Loodushoiu_ja_Turismi_Instituut, lk 341
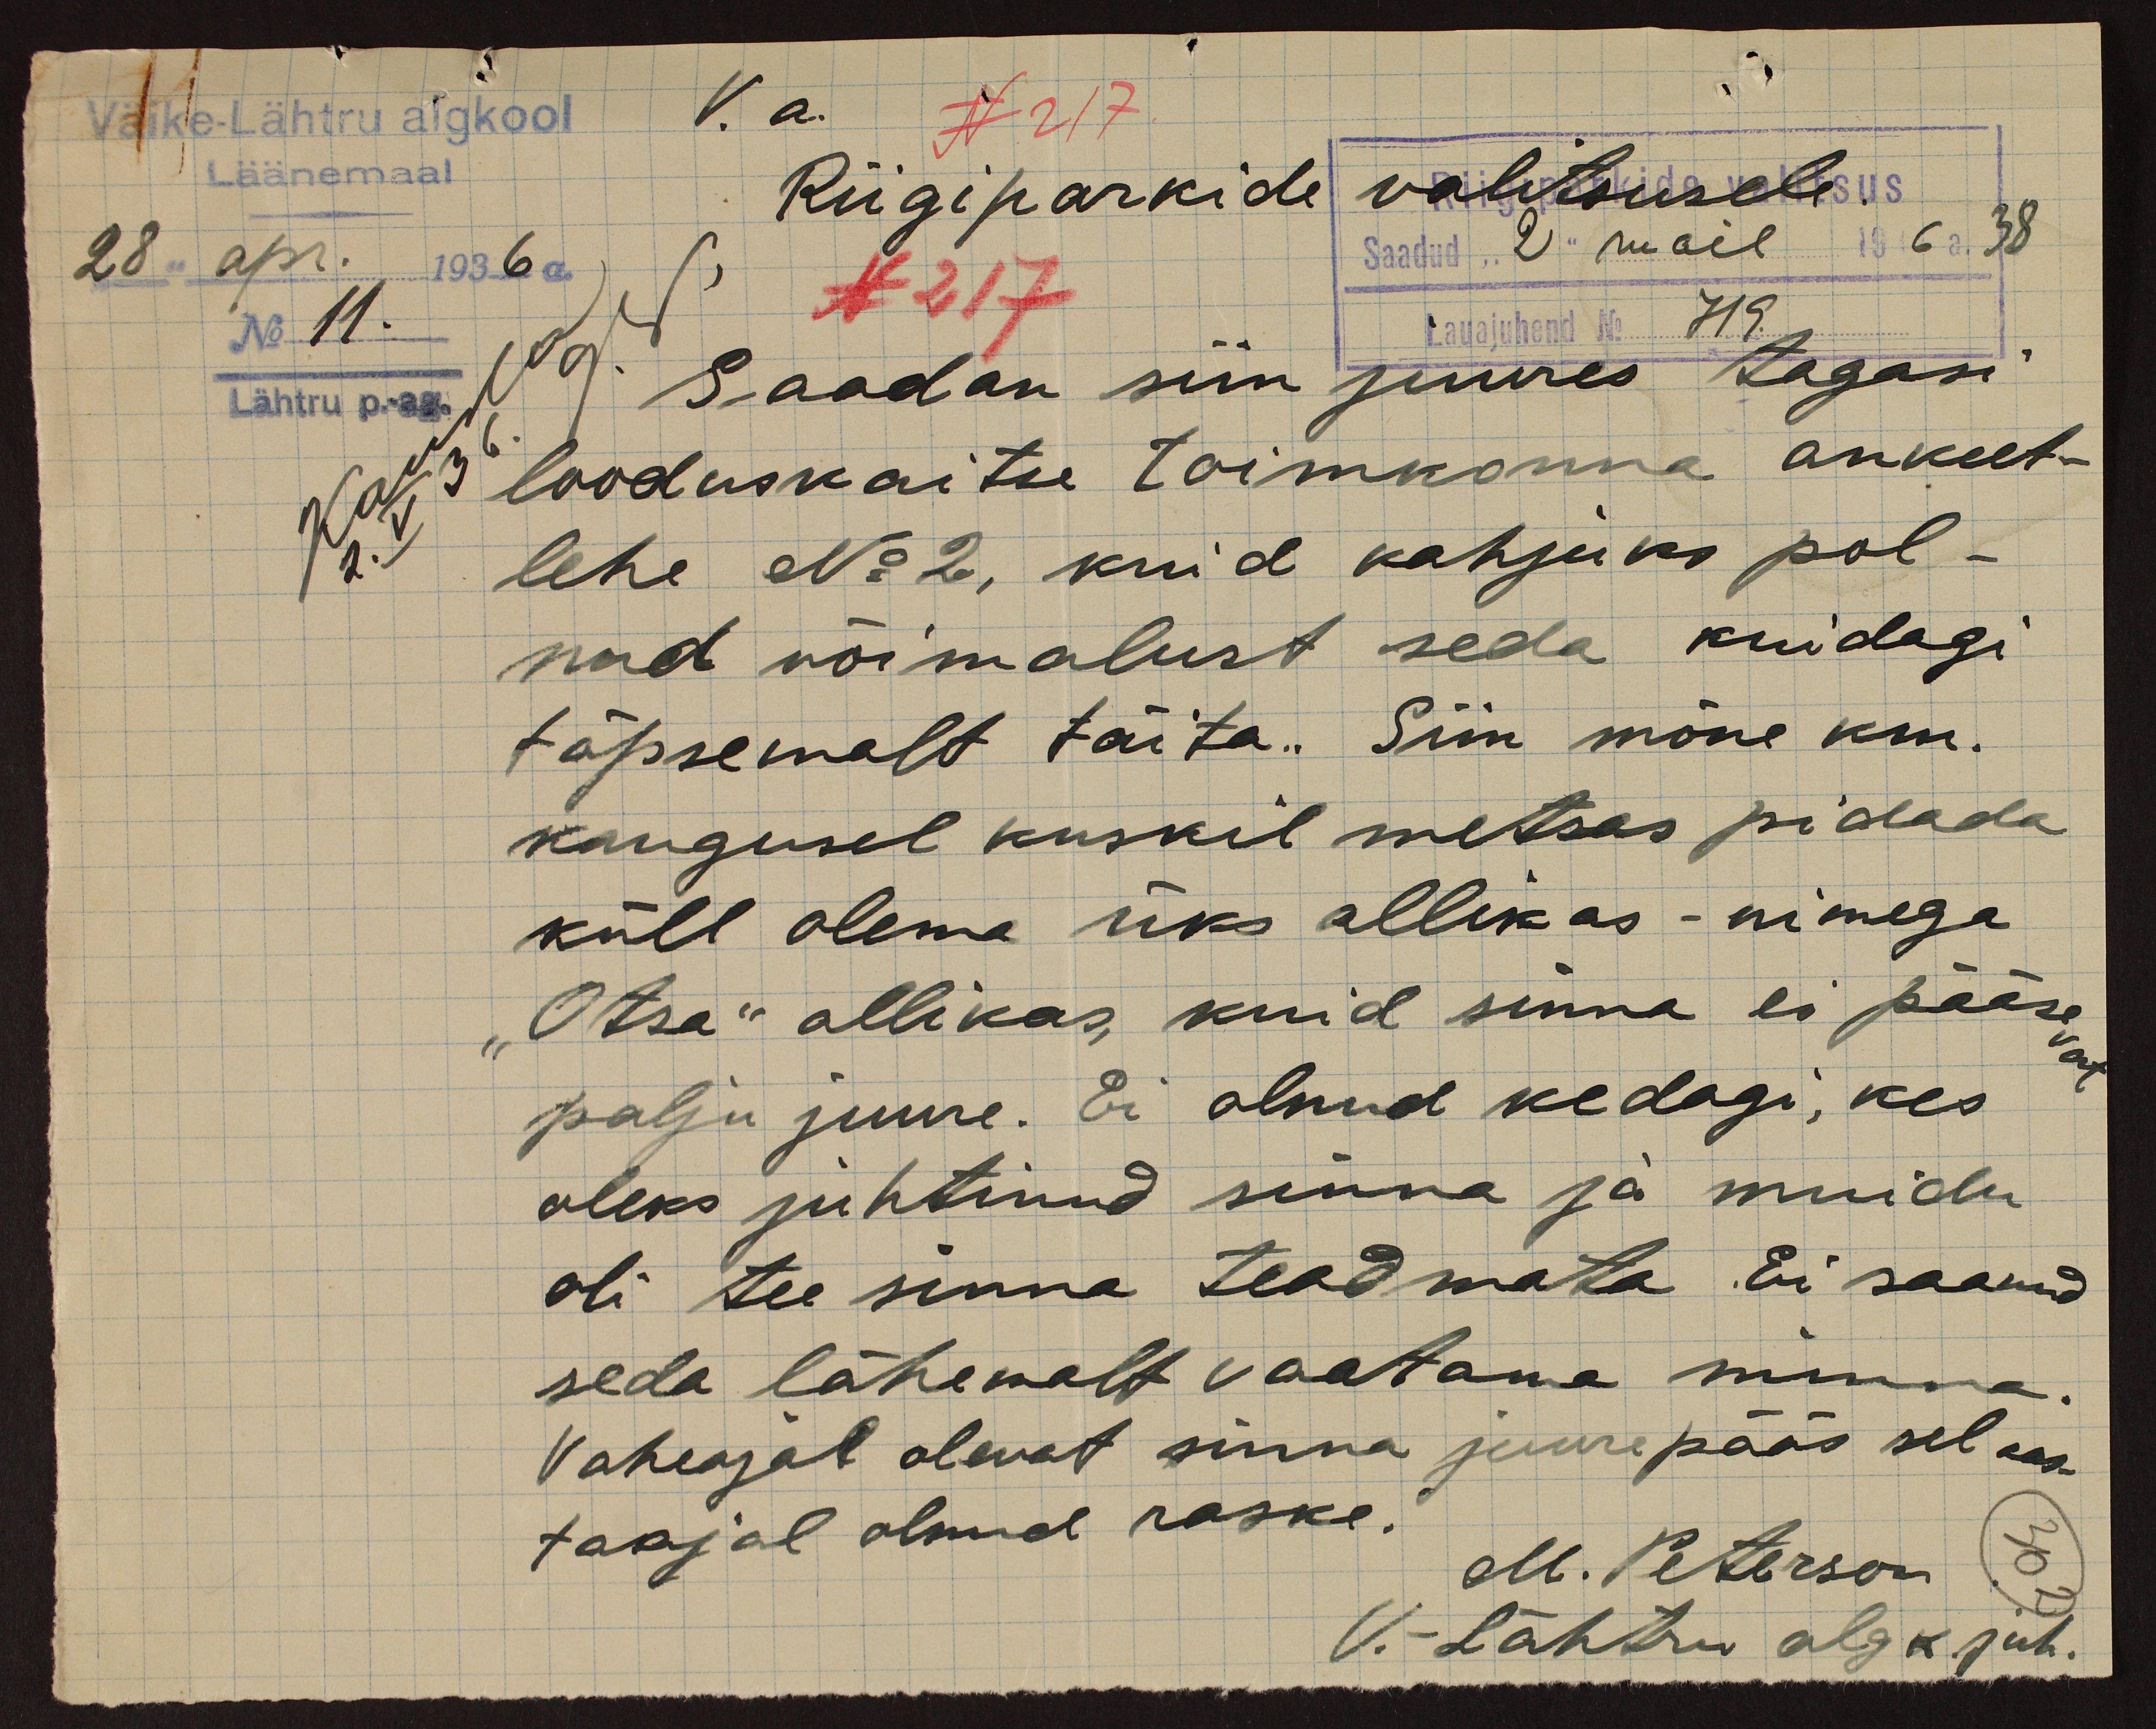
Vaike-Lähtru algkool
V.a.
N 117
Läänemaal
Riigiparkide valitsusele.
28" apr. 1936 a.
Saadud 2 mail 196 38
No 11.
N 217
Lauajuhend No 719
Lähtru p-ag.
Saadan siin juures tagasi
looduskaitse toimkonna ankeet-
lehe No 2, kuid kahjuks pol-
nud võimalust seda kuidagi
täpsemalt täita. Siin mõne km.
kaugusel kuskil metsas pidada
küll olema üks allikas - nimega.
Otsa" allikas, kuid sinna ei pääse
palju juure. Ei olnud kedagi, kes
oleks juhtinud sinna ja muidu
oli tee sinna teadmata. Ei saand
seda lähemalt vaatama minna.
Vaheajal olevat sinna juurepääs sel aas-
taajal olnud raske.
M. Peterson
V. Lähtru algk juh.